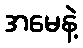
အမေနဲ့